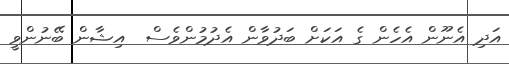
އަދި އެނޫން އެެހެން ގެ އަކަށް ބަދުވާން އެދުމުންވެސް  އިޝާން ބޭނުންވީ